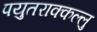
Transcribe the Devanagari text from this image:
पयुतराक्कल्लु